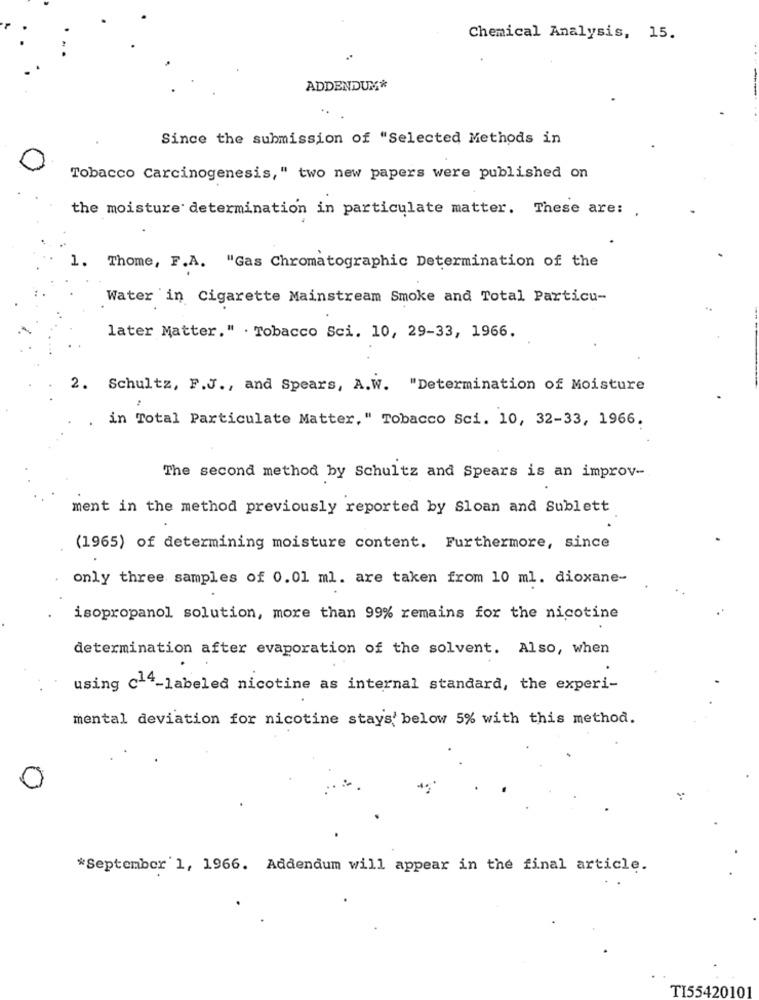
Chemical Analysis, 15.
ADDENDUM*
Since the submission of "Selected Methods in
Tobacco Carcinogenesis," two new papers were published on
the moisture determination in particulate matter. These are:
1. Thome, F.A. "Gas Chromatographic Determination of the
Water in Cigarette Mainstream Smoke and Total Particu-
later Matter." . Tobacco Sci. 10, 29-33, 1966.
2. Schultz, F.J ., and Spears, A.W. "Determination of Moisture
in Total Particulate Matter," Tobacco Sci. 10, 32-33, 1966.
The second method by Schultz and Spears is an improv-
ment in the method previously reported by Sloan and Sublett
(1965) of determining moisture content. Furthermore, since
only three samples of 0.01 ml. are taken from 10 ml. dioxane-
isopropanol solution, more than 99% remains for the nicotine
determination after evaporation of the solvent. Also, when
using c14-labeled nicotine as internal standard, the experi-
mental deviation for nicotine stays' below 5% with this method.
C
*September 1, 1966. Addendum will appear in the final article.
TI55420101